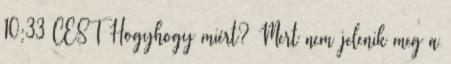
10:33 CEST Hogyhogy miért? Mert nem jelenik meg a